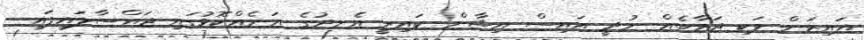
އައިޒަން ވަކި ޖަވާބެއް ނުދީ އައިސް އިޝާން ކައިރީ އެނދުގެ އަނެއްކޮޅުގައި ޖައްސާލައިފައި